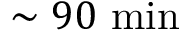
\sim 9 0 ~ \mathrm { m i n }